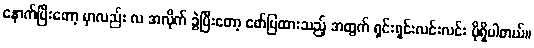
နောက်ပြီးတော့ မှာလည်း လ အလိုက် ခွဲပြီးတော့ ဖော်ပြထားသည့် အတွက် ရှင်းရှင်းလင်းလင်း ပိုရှိပါတယ်။